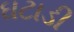
ઘટાડી